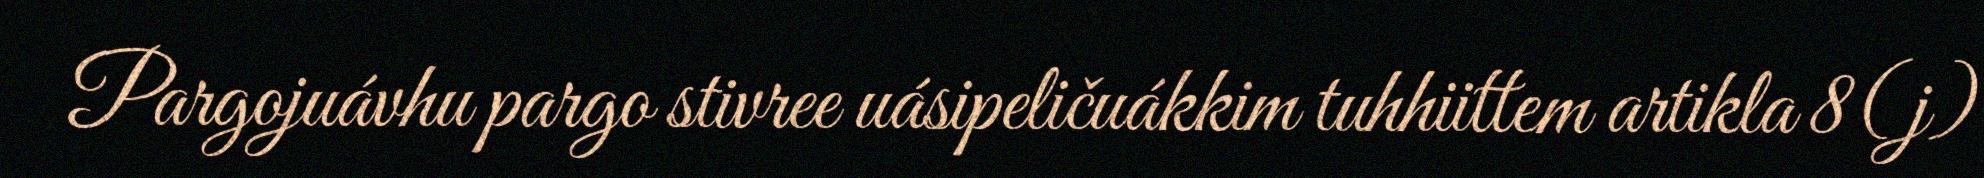
Pargojuávhu pargo stivree uásipeličuákkim tuhhiittem artikla 8(j)